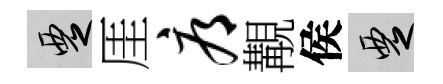
覂厓辱覯侯覂